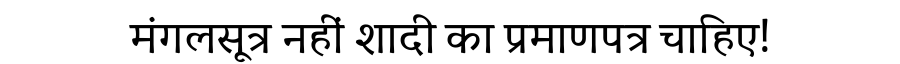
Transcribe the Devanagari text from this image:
मंगलसूत्र नहीं शादी का प्रमाणपत्र चाहिए!